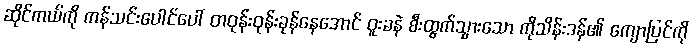
ဆိုင်ကယ်ကို ကန်သင်းပေါင်ပေါ် တဝုန်းဝုန်းခုန်နေအောင် ဝူးခနဲ စီးထွက်သွားသော ကိုသိန်းဒန်၏ ကျောပြင်ကို